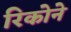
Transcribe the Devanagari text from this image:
रिकोने